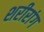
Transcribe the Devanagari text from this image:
शरीरांग